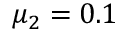
\mu _ { 2 } = 0 . 1